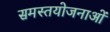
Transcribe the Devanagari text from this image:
समस्तयोजनाओं